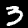
Label: 3